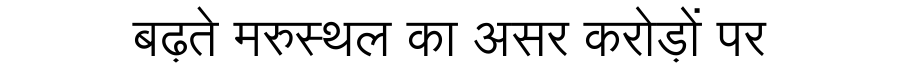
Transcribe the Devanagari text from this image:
बढ़ते मरुस्थल का असर करोड़ों पर